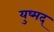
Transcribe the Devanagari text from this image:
युष्मद्